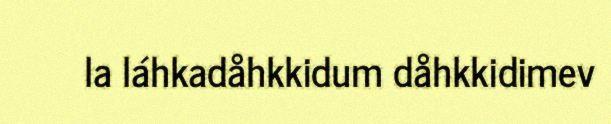
la láhkadåhkkidum dåhkkidimev